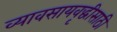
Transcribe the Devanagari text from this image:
व्यावसायवृद्धीसाठी